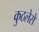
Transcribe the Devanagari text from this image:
कुठलेसे